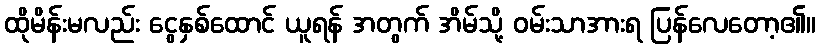
ထိုမိန်းမလည်း ငွေနှစ်ထောင် ယူရန် အတွက် အိမ်သို့ ဝမ်းသာအားရ ပြန်လေတော့၏။